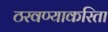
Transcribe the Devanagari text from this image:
ठरवण्याकरिता